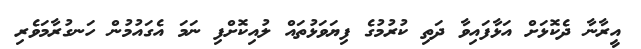
އީރާނާ ދެކޮޅަށް އަޅާފައިވާ ދަތި ކުރުމުގެ ފިޔަވަޅުތައް ލުއިކޮށްފި ނަމަ އެގައުމުން ހަނގުރާމަވެރި